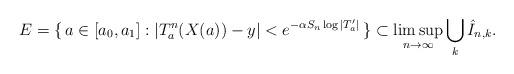
LaTeX: \begin{align*}E = \{\, a \in [a_0, a_1] : |T_a^n (X(a)) - y| < e^{- \alpha S_n \log |T_a'|} \,\} \subset \limsup_{n \to \infty} \bigcup_{k}\hat{I}_{n,k}.\end{align*}